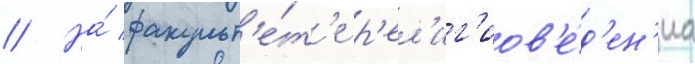
// На́ факульт'е́т'е р'ел'иг'иов'е́д'ен'иа